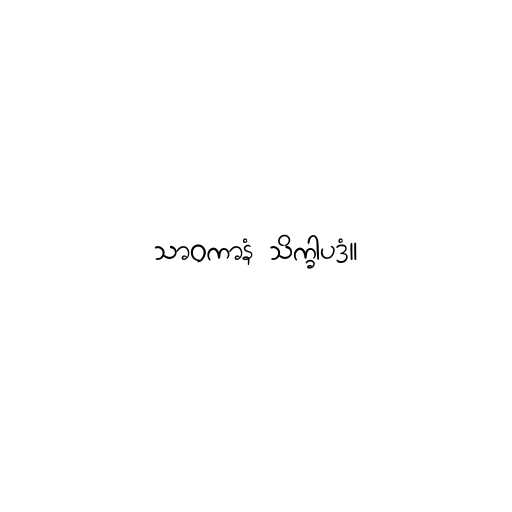
သာဝကာနံ သိက္ခါပဒံ။